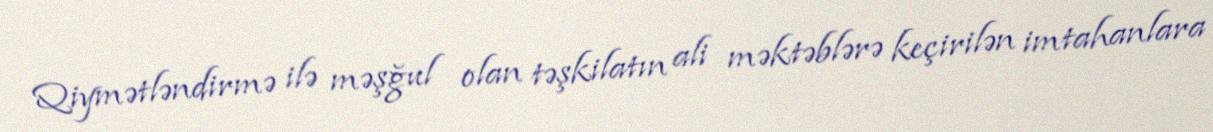
Qiymətləndirmə ilə məşğul olan təşkilatın ali məktəblərə keçirilən imtahanlara